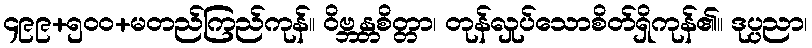
၄၉၉+၅၀၀+မတည်ကြည်ကုန်။ ဝိဗ္ဘန္တစိတ္တာ၊ တုန်လှုပ်သောစိတ်ရှိကုန်၏။ ဒုပ္ပညာ၊